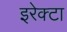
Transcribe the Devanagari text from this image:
इरेक्टा